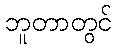
ဘူတာတွင်